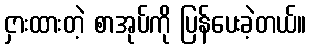
ငှားထားတဲ့ စာအုပ်ကို ပြန်ပေးခဲ့တယ်။